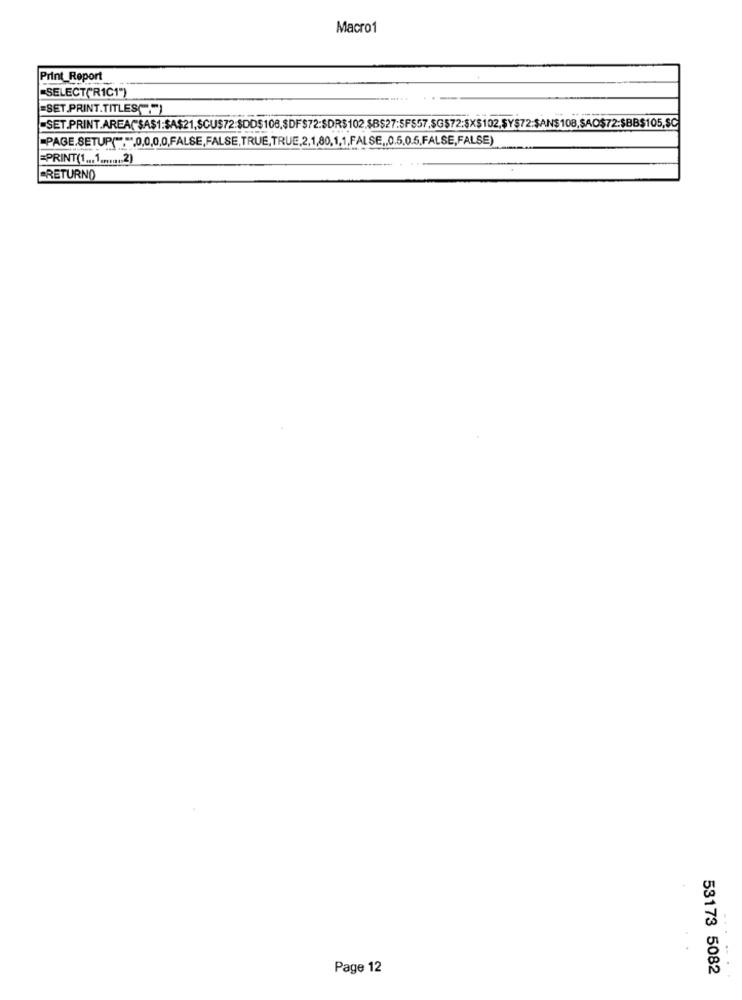
Macro1
Print_Report
SELECTOR1C1")
=SET.PRINT.TITLES(.")
PAGE.SETUP(".",0,0,0,0,FALSE,FALSE,TRUE,TRUE,2,1,80,1,1,FALSE ,, 0,5,0,5,FALSE,FALSE)
PRINT(1 ... 1 ........ 2)
RETURNO
Page 12
53173 5082